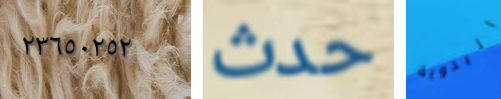
٢٣٦٥٠٢٥٢ حدث اليدوية